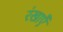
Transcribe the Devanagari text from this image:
रंखाएँ